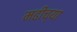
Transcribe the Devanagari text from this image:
मढीच्या